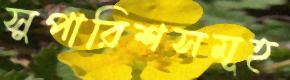
সুপারিশসমূহ